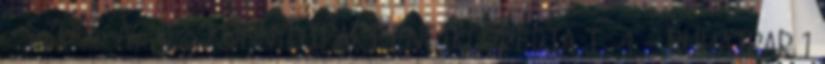
– SZŰCS ÁGNES KÖNNYŰIPARI ENCIKLOPÉDIA I 4 – RUHAIPAR 1